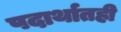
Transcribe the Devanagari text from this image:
पदार्थातही